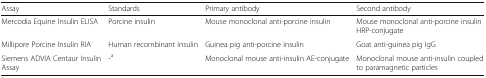
<table><thead><tr><td><b>Assay</b></td><td><b>Standards</b></td><td><b>Primary antibody</b></td><td><b>Second antibody</b></td></tr></thead><tbody><tr><td>Mercodia Equine Insulin ELISA</td><td>Porcine insulin</td><td>Mouse monoclonal anti-porcine insulin</td><td>Mouse monoclonal anti-porcine insulin HRP-conjugate</td></tr><tr><td>Millipore Porcine Insulin RIA</td><td>Human recombinant insulin</td><td>Guinea pig anti-porcine insulin</td><td>Goat anti-guinea pig IgG</td></tr><tr><td>Siemens ADVIA Centaur Insulin Assay</td><td>-<sup>a</sup></td><td>Monoclonal mouse anti-insulin AE-conjugate</td><td>Monoclonal mouse anti-insulin coupled to paramagnetic particles</td></tr></tbody></table>